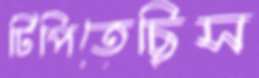
টিপিতেছিস